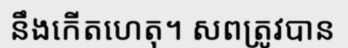
នឹងកើតហេតុ។ សពត្រូវបាន